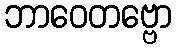
ဘာဝေတဗ္ဗော